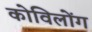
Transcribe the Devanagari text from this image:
कोविलोंग